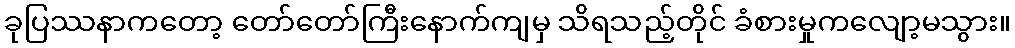
ခုပြဿနာကတော့ တော်တော်ကြီးနောက်ကျမှ သိရသည့်တိုင် ခံစားမှုကလျော့မသွား။